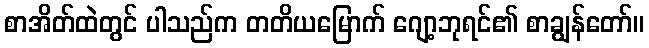
စာအိတ်ထဲတွင် ပါသည်က တတိယမြောက် ဂျော့ဘုရင်၏ စာချွန်တော်။